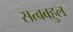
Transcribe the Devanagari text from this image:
सत्वबहुल